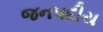
જનપદીય